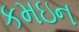
કમઇન